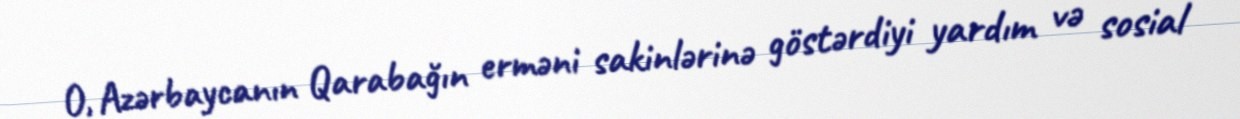
O, Azərbaycanın Qarabağın erməni sakinlərinə göstərdiyi yardım və sosial